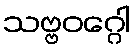
သဗ္ဗဝဂ္ဂေါ